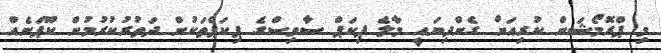
މި ޕްރޮމޯޝަން ކުރިއަށް ގެންދިޔައީ މާލެ ޕިކަޕް ސާވިސްގެ ޕިކަޕްތަކުން ދަތުރުކުރުމުން ކޫޕަނެއް